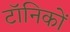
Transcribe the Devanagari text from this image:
टॉनिकों